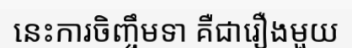
នេះការចិញ្ចឹមទា គឺជារឿងមួយ